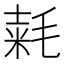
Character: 𣮾